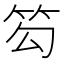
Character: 𥬉